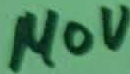
Text: 140V